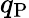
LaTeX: q_{\mathrm{P}}